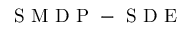
\mathrm { ~ S ~ M ~ D ~ P ~ - ~ S ~ D ~ E ~ }